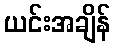
ယင်းအချိန်